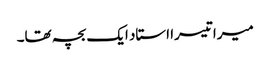
میرا تیسرا استاد ایک بچہ تھا۔